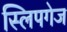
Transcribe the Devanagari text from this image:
स्लिपगेज